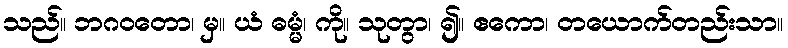
သည်။ ဘဂဝတော၊ မှ။ ယံ ဓမ္မံ၊ ကို။ သုတွာ၊ ၍။ ဧကော၊ တယောက်တည်းသာ။